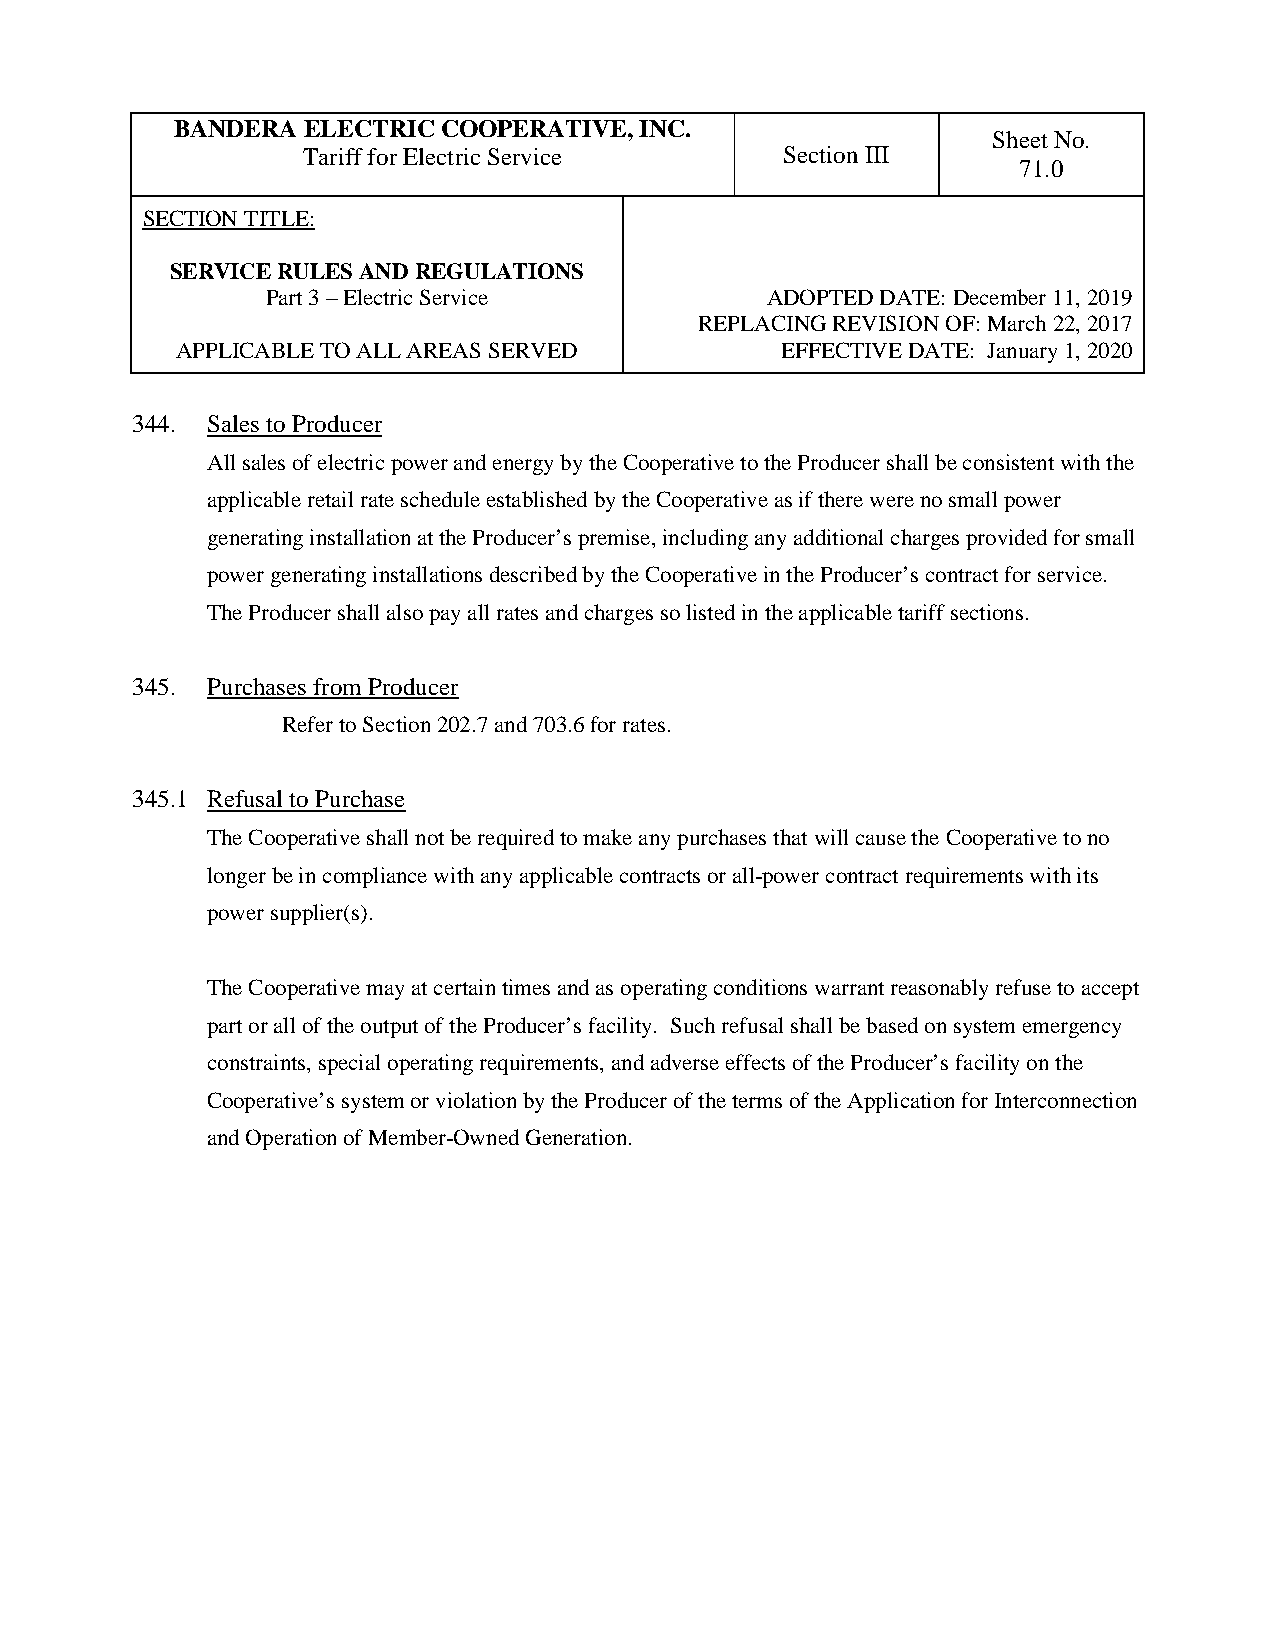
BANDERA ELECTRIC COOPERATIVE, INC.
 Sheet No.
 Tariff for Electric Service     Section III
 71.0
 SECTION TITLE:
 SERVICE RULES AND REGULATIONS
 Part 3 – Electric Service        ADOPTED DATE: December 11, 2019
 REPLACING REVISION OF: March 22, 2017
 APPLICABLE TO ALL AREAS SERVED          EFFECTIVE DATE: January 1, 2020
 344. Sales to Producer
 All sales of electric power and energy by the Cooperative to the Producer shall be consistent with the
 applicable retail rate schedule established by the Cooperative as if there were no small power
 generating installation at the Producer’s premise, including any additional charges provided for small
 power generating installations described by the Cooperative in the Producer’s contract for service.
 The Producer shall also pay all rates and charges so listed in the applicable tariff sections.
 345. Purchases from Producer
 Refer to Section 202.7 and 703.6 for rates.
 345.1 Refusal to Purchase
 The Cooperative shall not be required to make any purchases that will cause the Cooperative to no
 longer be in compliance with any applicable contracts or all-power contract requirements with its
 power supplier(s).
 The Cooperative may at certain times and as operating conditions warrant reasonably refuse to accept
 part or all of the output of the Producer’s facility. Such refusal shall be based on system emergency
 constraints, special operating requirements, and adverse effects of the Producer’s facility on the
 Cooperative’s system or violation by the Producer of the terms of the Application for Interconnection
 and Operation of Member-Owned Generation.